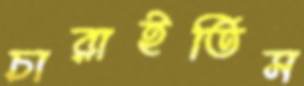
চারাইতিস